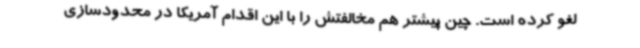
لغو کرده است. چین پیشتر هم مخالفتش را با این اقدام آمریکا در محدودسازی